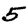
Digit: 5